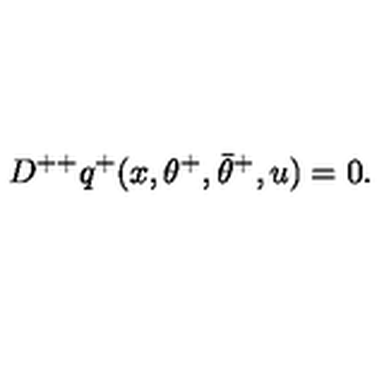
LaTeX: D ^ { + + } q ^ { + } ( x , \theta ^ { + } , \bar { \theta } ^ { + } , u ) = 0 .